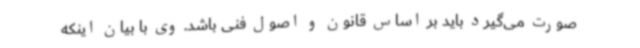
صورت می‌گیرد باید بر اساس قانون و اصول فنی باشد. وی با بیان اینکه